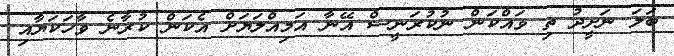
ބަލަ ނަށީދު ތި ވައްކަން ނުކުރަނީސް އޭނާ އަމިއްލަޔަށް އެކަން ކުރާނެ ވާހަކަޔާއި